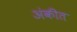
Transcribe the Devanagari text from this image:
अंकीत